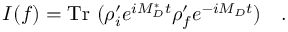
I ( f ) = \mathrm { T r } ~ ( \rho _ { i } ^ { \prime } e ^ { i M _ { D } ^ { * } t } \rho _ { f } ^ { \prime } e ^ { - i M _ { D } t } ) ~ ~ ~ .